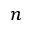
n